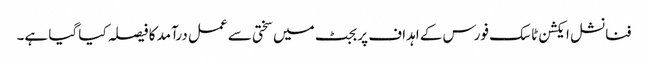
فنانشل ایکشن ٹاسک فورس کے اہداف پر بجٹ میں سختی سے عمل درآمد کا فیصلہ کیا گیا ہے۔